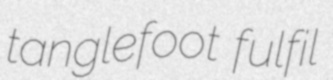
tanglefoot fulfil